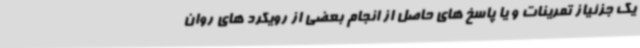
یک جزئیاز تمرینات و یا پاسخ های حاصل از انجام بعضی از رویکرد های روان